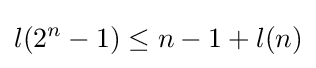
l(2^{n}-1)\leq n-1+l(n)